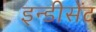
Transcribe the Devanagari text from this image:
इन्डीसेंट